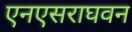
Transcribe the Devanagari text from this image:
एनएसराघवन